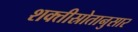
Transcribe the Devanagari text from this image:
शक्तीस्रोतानुसार